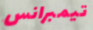
تيمبرانس